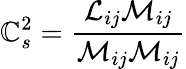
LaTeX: \mathbb{C}_{s}^{2}={\frac{{{\mathcal{{L}}}_{ij}{\mathcal{{M}}}_{ij}}}{{{\mathcal{{M}}}_{ij}{\mathcal{{M}}}_{ij}}}}